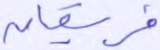
فريقان